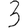
Digit: 3